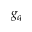
g _ { q }